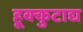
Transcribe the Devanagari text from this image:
हूक्कुटाद्य